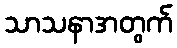
သာသနာအတွက်